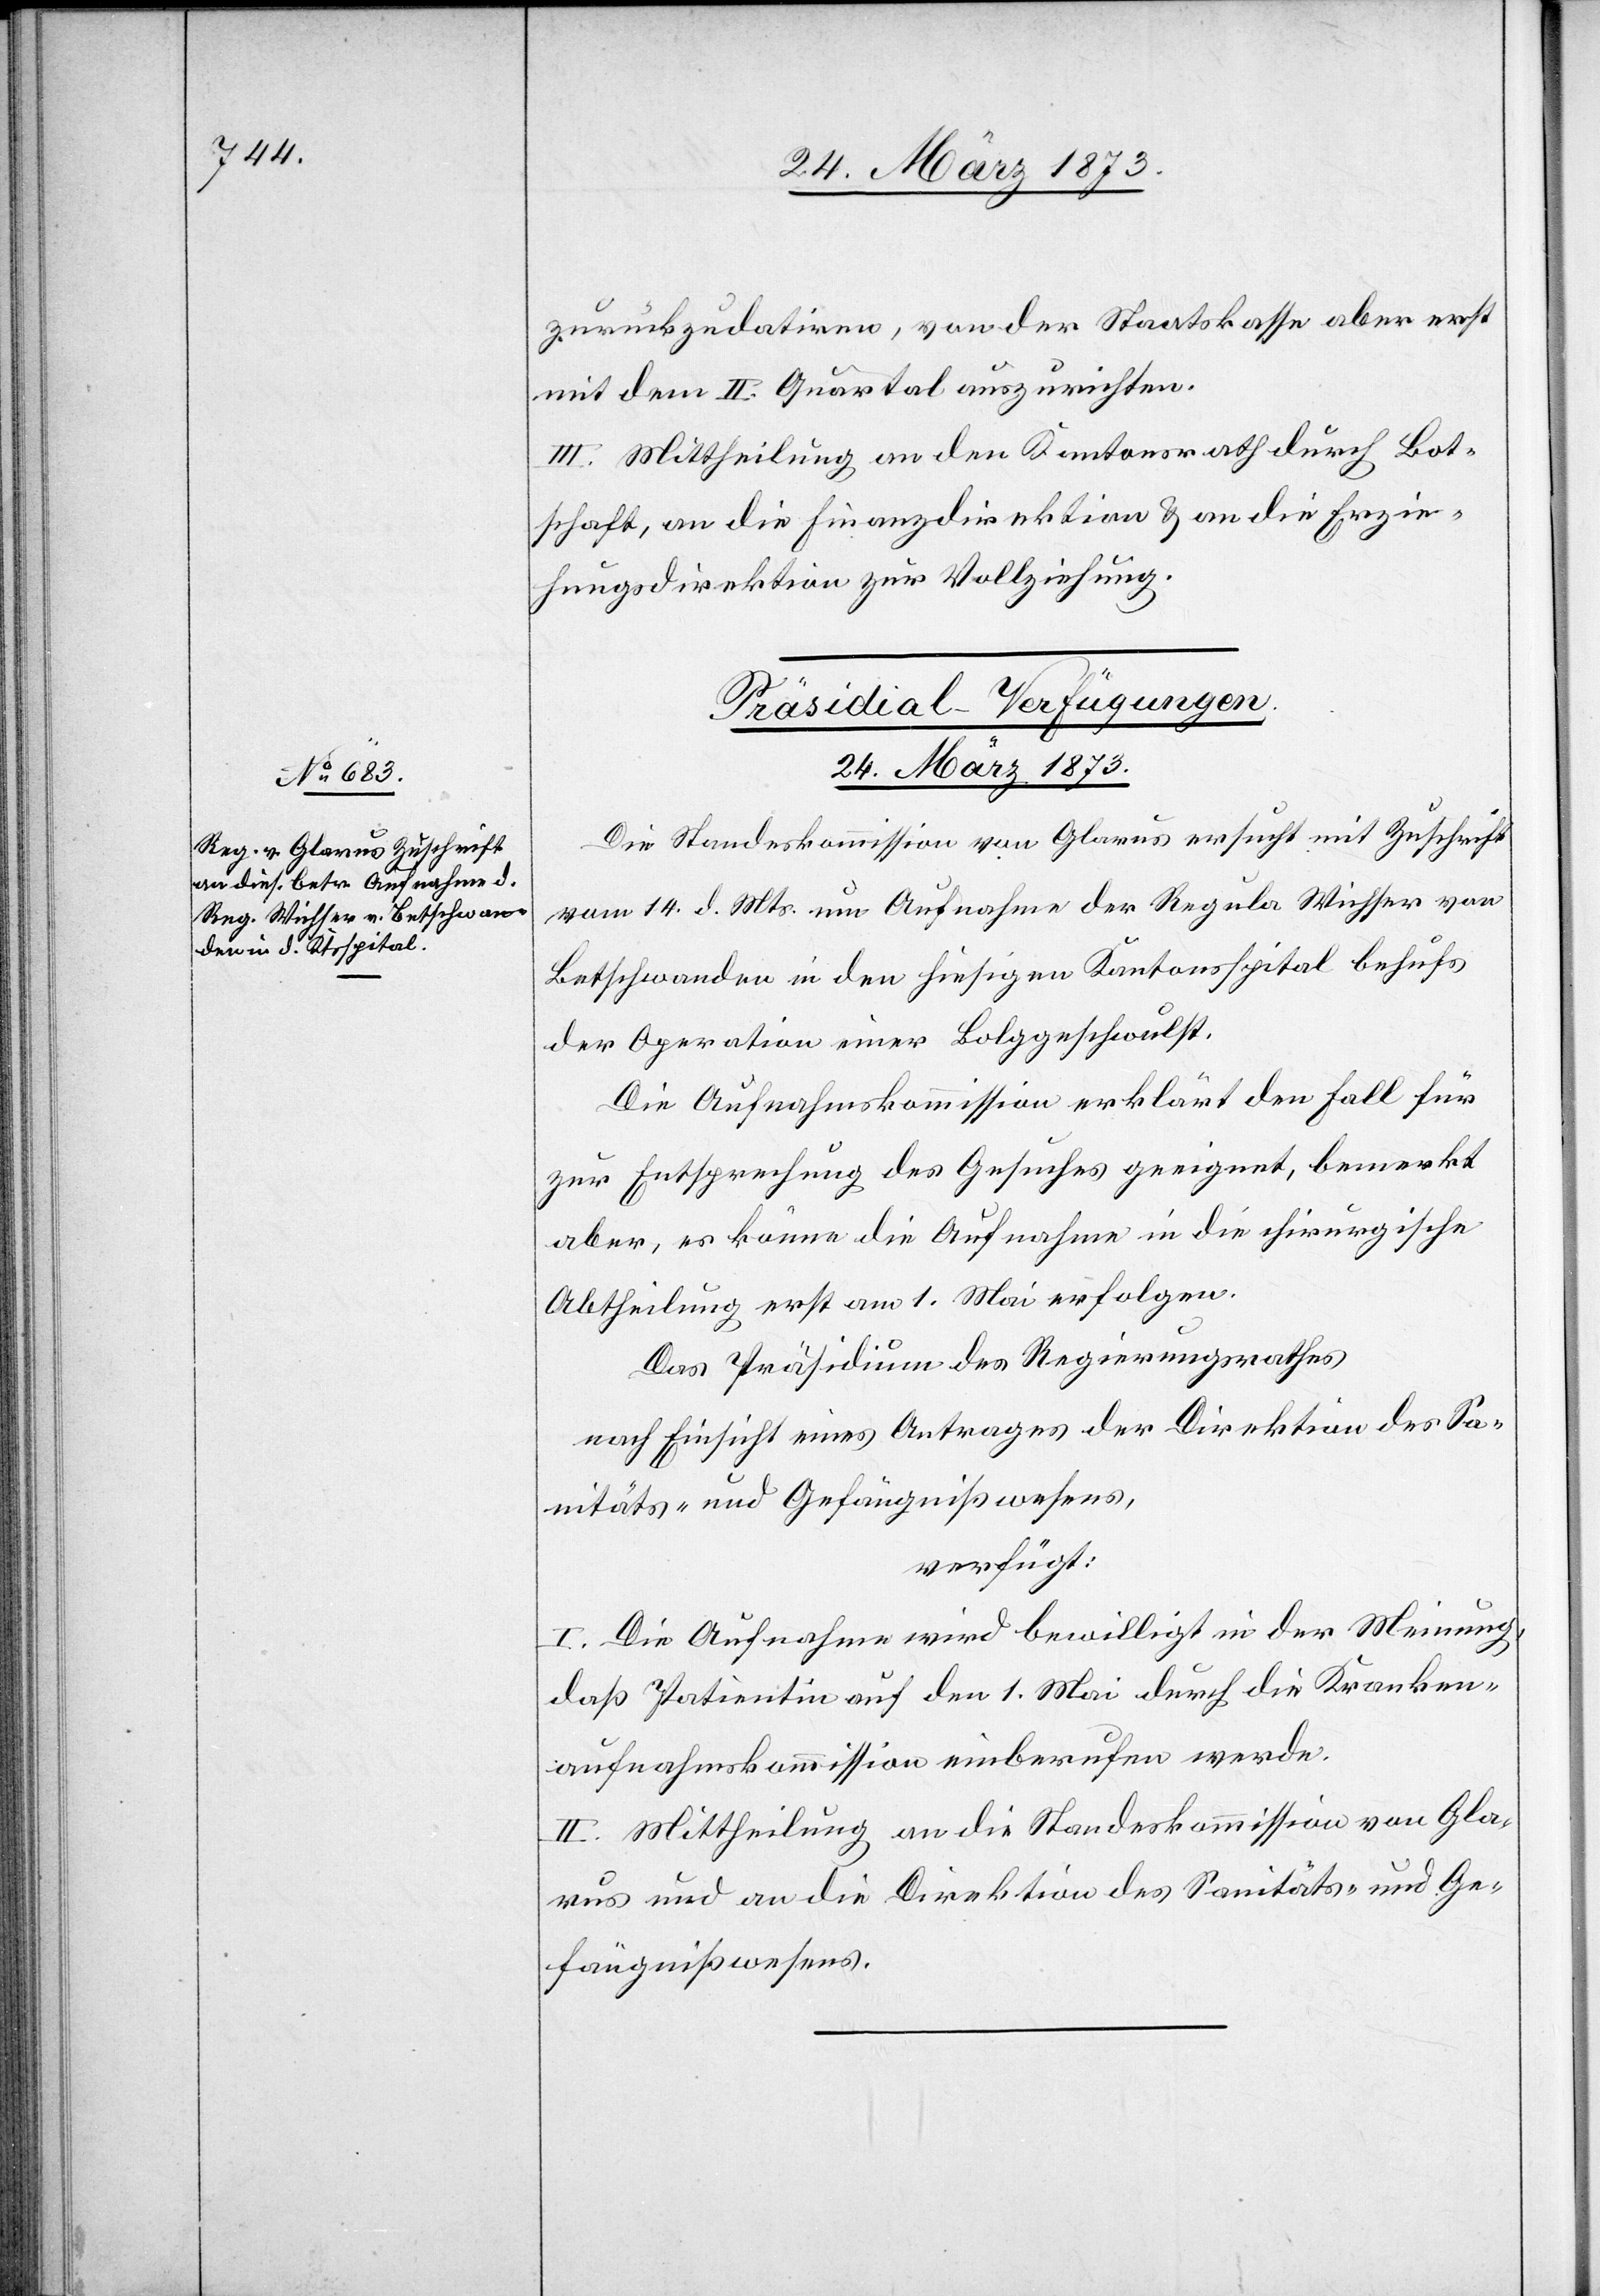
Präsidial-Verfügungen.
24. März 1873.
Die Standeskommission von Glarus ersucht mit Zuschrift
vom 14. d. Mts. um Aufnahme der Regula Wichser von
Betschwanden in den hiesigen Kantonsspital behufs
der Operation einer Bolggeschwulst
Die Aufnahmskommission erklärt den Fall für
zur Entsprechung des Gesuches geeignet, bemerkt
aber, es könne die Aufnahme in die chirurgische
Abtheilung erst am 1. Mai erfolgen.
Das Präsidium des Regierungsrathes
nach Einsicht eines Antrages der Direktion des Sa¬
nitäts- und Gefängnißwesens,
verfügt:
I. Die Aufnahme wird bewilligt in der Meinung,
daß Patientin auf den 1. Mai durch die Kranken¬
aufnahmskommission einberufen werde.
II. Mittheilung an die Standeskommission von Gla¬
rus und an die Direktion des Sanitäts- und Ge¬
fängnißwesens.